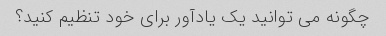
چگونه می توانید یک یادآور برای خود تنظیم کنید؟